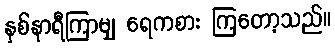
နှစ်နာရီကြာမျှ ရေကစား ကြတော့သည်။